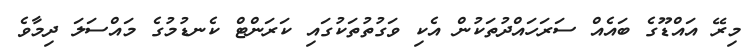
މިރޭ އައްޑޫގެ ބައެއް ސަރަހައްދުތަކުން އެކި ވަގުތުތަކުގައި ކަރަންޓް ކެނޑުމުގެ މައްސަލަ ދިމާވެ